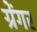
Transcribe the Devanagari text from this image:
ग्रेंगर